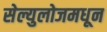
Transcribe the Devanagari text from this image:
सेल्युलोजमधून